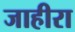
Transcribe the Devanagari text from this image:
जाहीरा